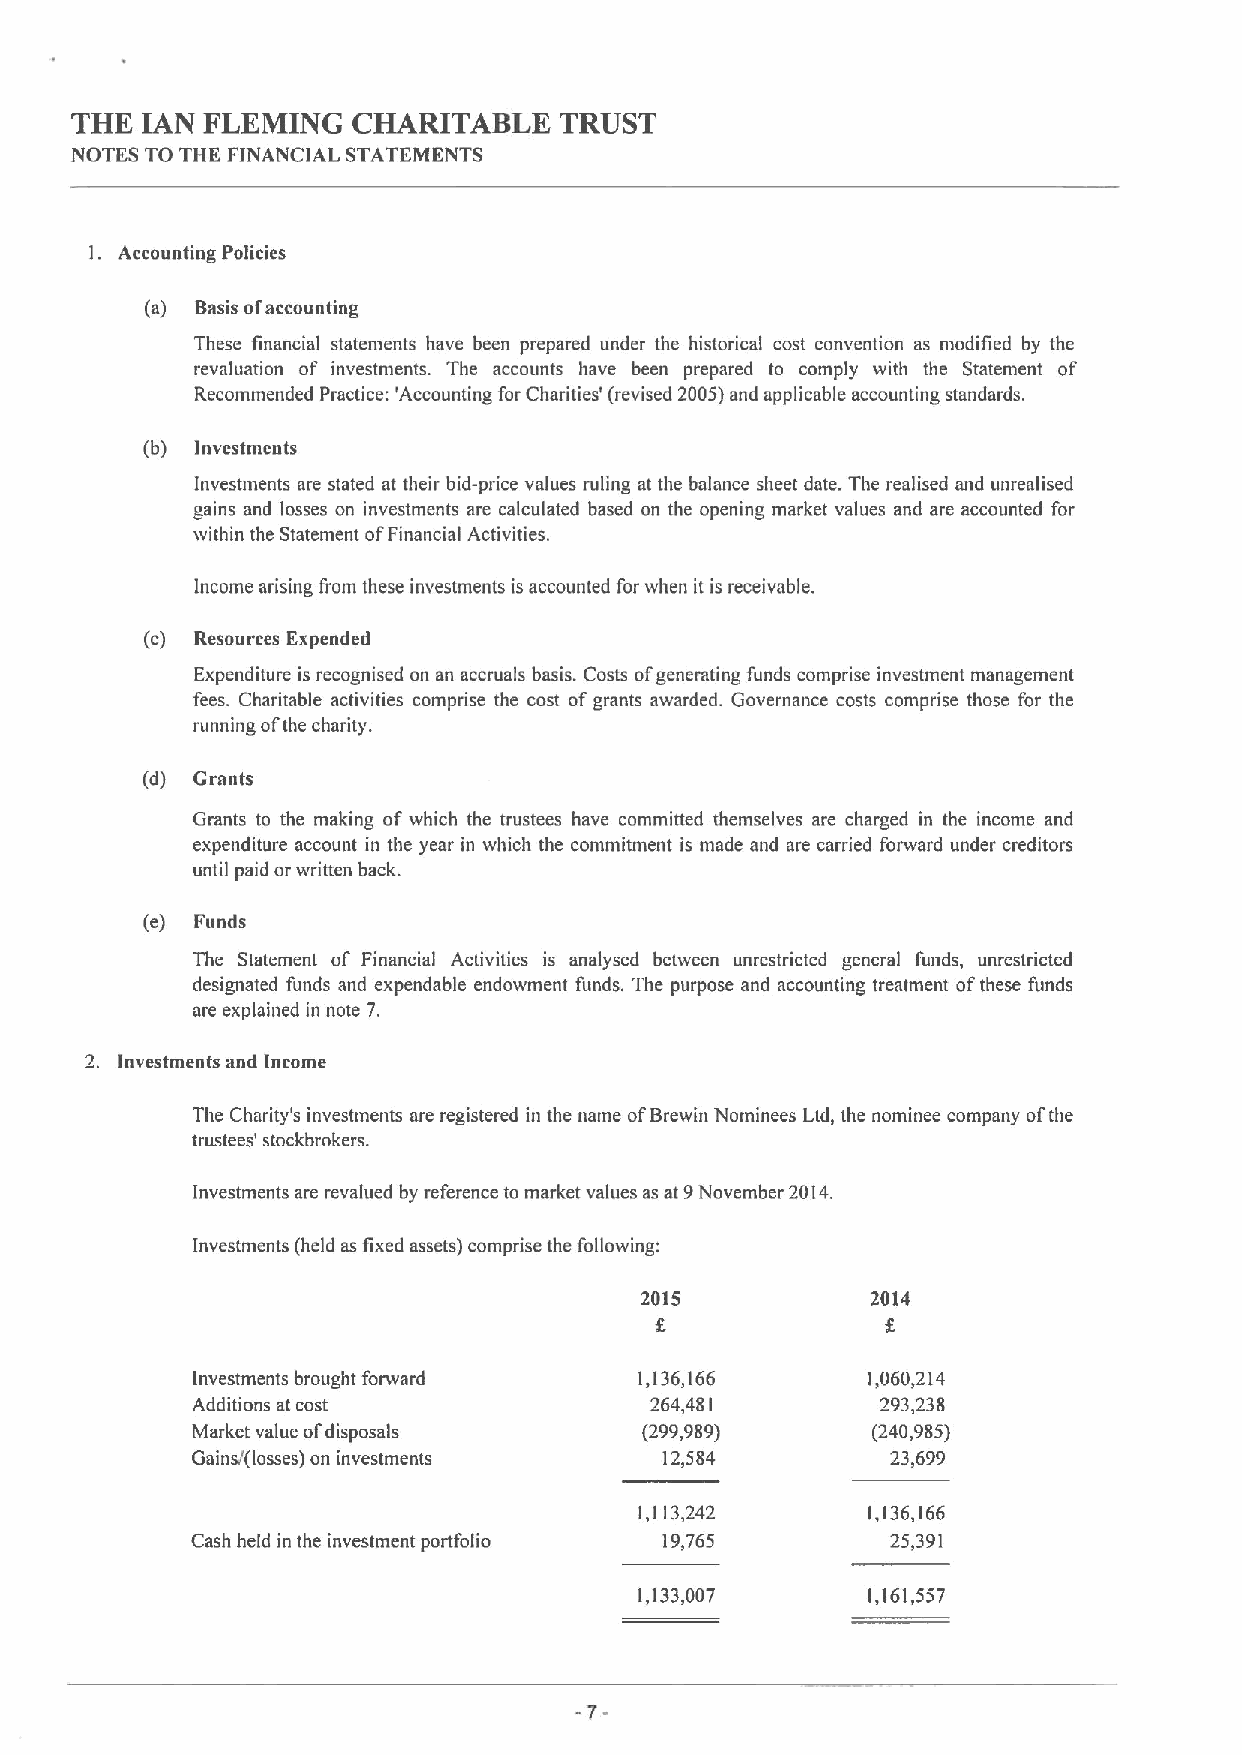
THE IAN FLEMING   CHARITABLE    TRUST
 NOTES TO THE FINANCIAL STATEMENTS
 I. Accounting Policies
 (a) Basis ofaccounting
 These financial statements have been prepared under the historical cost convention as modified by the
 revaluation of investments. The accounts have been prepared to comply with the Statement of
 Recommended Practice: 'Accounting for Charities' (revised 2005)and applicable accounting standards.
 (b) Investments
 Investments are stated at their bid-price values ruling at the balance sheet date. The realised and unrealised
 gains and losses on investments are calculated based on the opening market values and are accounted for
 within the Statement ofFinancial Activities.
 Income arising from these investments is accounted for when it is receivable.
 (c) Resources Expended
 Expenditure is recognised on an accruals basis. Costs ofgenerating funds comprise investment management
 fees. Charitable activities comprise the cost ofgrants awarded. Governance costs comprise those for the
 running ofthe charity.
 (d) Grants
 Grants to the making of which the trustees have committed themselves are charged in the income and
 expenditure account in the year in which the commitment is made and are carried forward under creditors
 until paid or written back.
 (e) Funds
 The Statement of Financial Activities is analysed between unrestricted general funds, unrestricted
 designated funds and expendable endowment funds. The purpose and accounting treatment ofthese funds
 are explained in note 7.
 2. Investments and Income
 The Charity's investments are registered in the name ofBrewin Nominees Ltd, the nominee company ofthe
 trustees' stockbrokers.
 Investments are revalued by reference to market values as at 9November 2014.
 Investments (held as fixed assets) comprise the following:
 2015            2014
 Investments brought forward  1,136,166      1,060,214
 Additions at cost             264,481        293,238
 Market value ofdisposals      (299,989)      (240,985)
 Gains/(losses) on investments  12,584         23,699
 1,113,242      1,136,166
 Cash held in the investment portfolio 19,765  25,391
 1,133,007      1,161,557